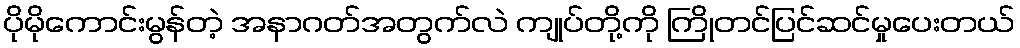
ပိုမိုကောင်းမွန်တဲ့ အနာဂတ်အတွက်လဲ ကျုပ်တို့ကို ကြိုတင်ပြင်ဆင်မှုပေးတယ်